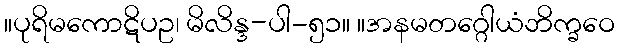
။ပုရိမကောဋိပဥ၊ မိလိန္ဒ-ပါ-၅၁။ ။အနမတဂ္ဂေါယံဘိက္ခဝေ